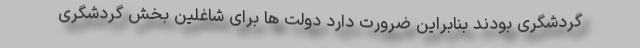
گردشگری بودند بنابراین ضرورت دارد دولت ها برای شاغلین بخش گردشگری